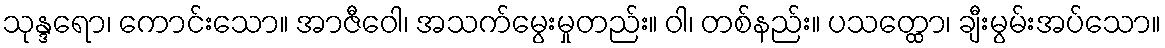
သုန္ဒရော၊ ကောင်းသော။ အာဇီဝေါ၊ အသက်မွေးမှုတည်း။ ဝါ၊ တစ်နည်း။ ပသတ္ထော၊ ချီးမွမ်းအပ်သော။